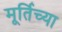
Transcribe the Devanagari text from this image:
मूर्तिच्या